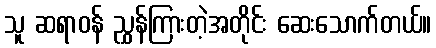
သူ ဆရာဝန် ညွှန်ကြားတဲ့အတိုင်း ဆေးသောက်တယ်။